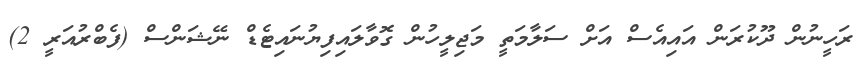
ރަހީނުން ދޫކުރަން އައިއެސް އަށް ސަލާމަތީ މަޖިލީހުން ގޮވާލައިފިޔުނައިޓެޑް ނޭޝަންސް (ފެބްރުއަރީ 2)